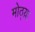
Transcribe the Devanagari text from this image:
मोठ्य़ा